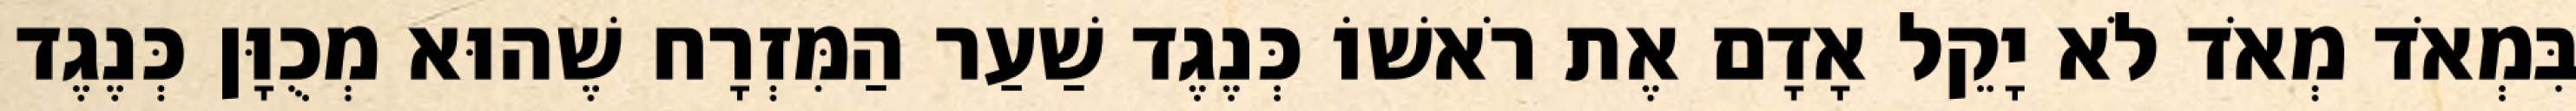
בִּמְאֹד מְאֹד לֹא יָקֵל אָדָם אֶת רֹאשׁוֹ כְּנֶגֶד שַׁעַר הַמִּזְרָח שֶׁהוּא מְכֻוָּן כְּנֶגֶד